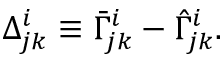
\Delta _ { j k } ^ { i } \equiv \bar { \Gamma } _ { j k } ^ { i } - \hat { \Gamma } _ { j k } ^ { i } .